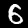
Digit: 6